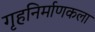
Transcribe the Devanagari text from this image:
गृहनिर्माणकला